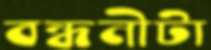
বন্ধনীটা